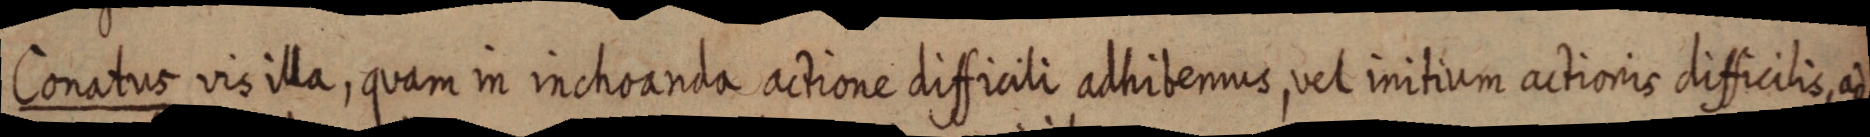
Conatus vis illa, quam in inchoanda actione difficili adhibemus, vel initium actionis difficilis, ad